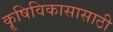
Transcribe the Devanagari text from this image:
कॄषिविकासासाठी